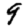
Digit: 9